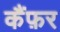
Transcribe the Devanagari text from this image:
कैंफ़र